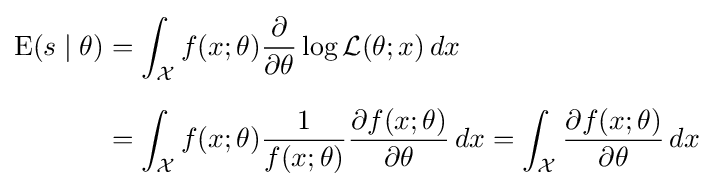
{\begin{aligned}\operatorname {E} (s\mid \theta )&=\int _{\mathcal {X}}f(x;\theta ){\frac {\partial }{\partial \theta }}\log {\mathcal {L}}(\theta ;x)\,dx\\[6pt]&=\int _{\mathcal {X}}f(x;\theta ){\frac {1}{f(x;\theta )}}{\frac {\partial f(x;\theta )}{\partial \theta }}\,dx=\int _{\mathcal {X}}{\frac {\partial f(x;\theta )}{\partial \theta }}\,dx\end{aligned}}